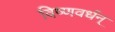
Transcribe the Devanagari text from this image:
विष्णवर्धन्